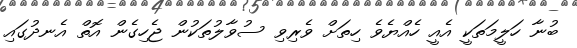
ބުނާ ހަލީމަތަކީ އެއީ ހެއްޔެވެ ހިތަށް ވެރިވި ސުވާލުތަކުން ޖެހިގެން އޮތް އެނދުގައި